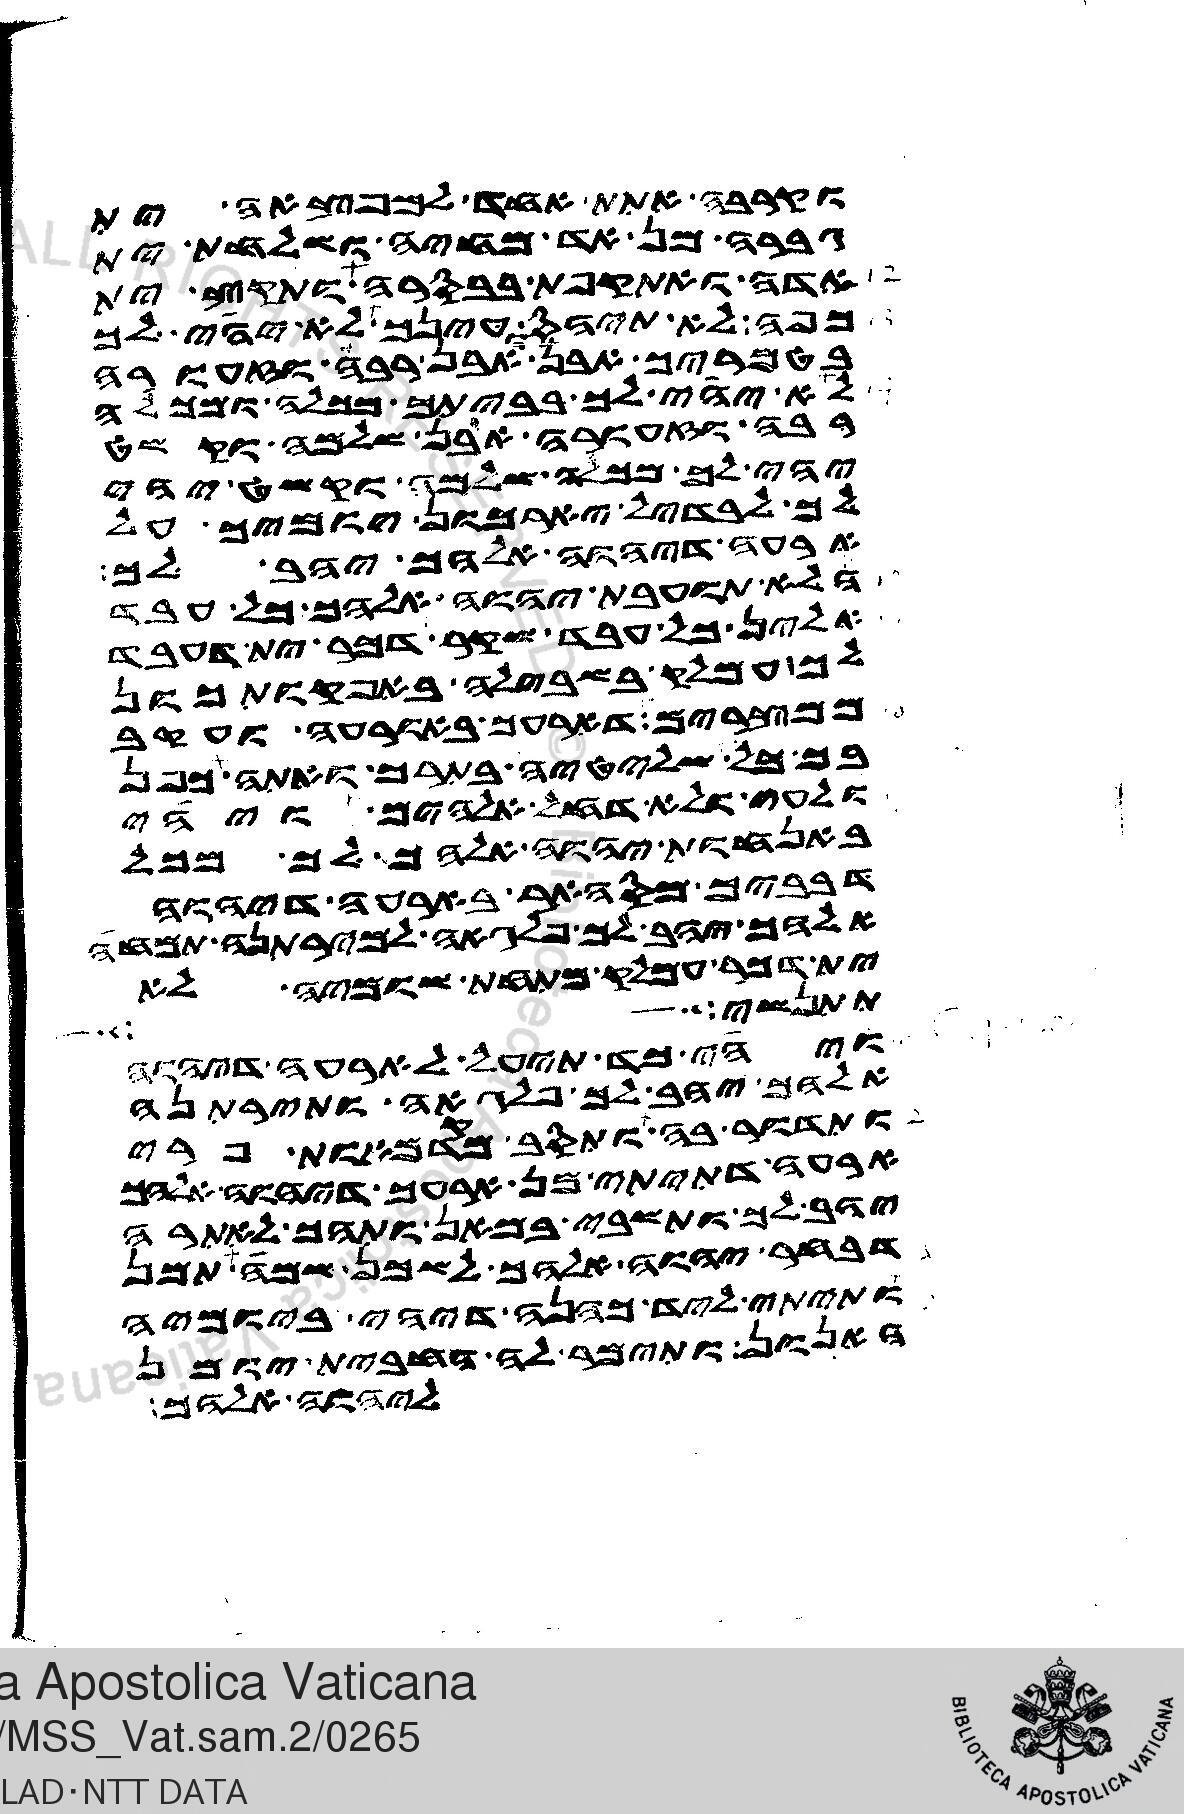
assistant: וקרבה אתת אחד למפצאה ית
גברה מן אד מחיה ושלחת ית
אדה ואתקפת בבסרה ותקץ ית
כפה לא תיהס עינך לא יהי לך
בטמריך אבן ואבן רבה וזעורה
לא יהי לך בביתך מכלה ומכלה
רבה וזעורה אבן שלמה וקשט
יהי לך מכלה שלמה וקשט יהי
לך לבדיל יארכון יומיך על
ארעה דיהוה אלהך יהב לך
הלא תועבת יהוה אלהך כל עבד
אלין כל עבד שקר דכר ית דעבד
לך עמלק בשבילה באפקותכון
ממצרים דארעך באורעה ועקב
בך כל שליטיה בתרך ואתה כפן
ולעי ולא דחל אלהים ויהי
באנחות יהוה אלהך לך מכל
דבביך מסהאר בארעה דיהוה
אלהך יהב לך פלגאה למירתנה תמחה
ית דכר עמלק מתחת שומיה לא
תתנשי מפם
ויהי כד תיעל לארעה דיהוה
אלהך יהב לך פלגאה ותירתנה
ותדור בה ותסב מקדמאות פרי
ארעה דתיתי מן ארעך דיהוה אלהך
יהב לך ותשבי במאן ותהך לאתרה
דבחר יהוה אלהך לשכן שמה תמן
ותיתי ליד כהנה דיהי ביומיה
האנון ותימר לה החבית יומן
ליהוה אלהך